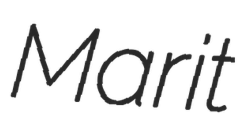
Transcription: Marit